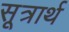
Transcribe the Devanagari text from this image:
सूत्रार्थ